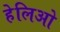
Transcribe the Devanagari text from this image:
हेलिओ